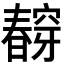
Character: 𭨀